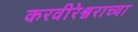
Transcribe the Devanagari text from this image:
करवीरेश्वराच्या